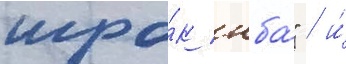
игро́к нба́" / и́